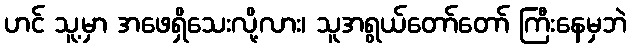
ဟင် သူ့မှာ အဖေရှိသေးလို့လား၊ သူအရွယ်တော်တော် ကြီးနေမှဘဲ